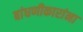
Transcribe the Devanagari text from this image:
बांधणीकारांना